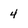
Character: 4